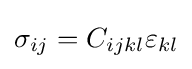
\sigma _{ij}=C_{ijkl}\varepsilon _{kl}